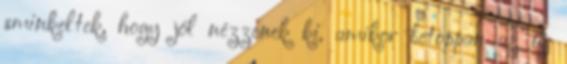
sminkeltek, hogy jól nézzenek ki, amikor betoppan az új